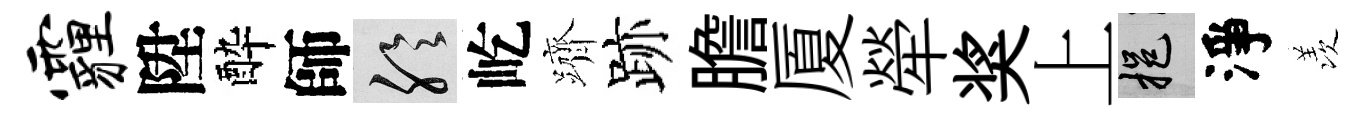
霾陞酔師聆屹躋跡膽厦犖奖上挹淨羡